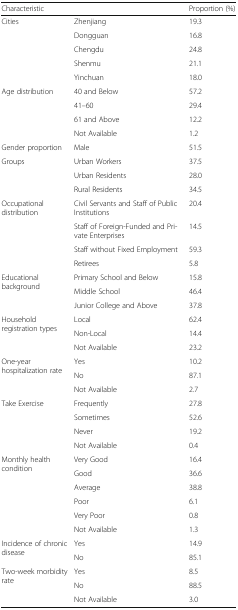
| <COLSPAN=2> Characteristic | Proportion (%) |
 | --- | --- | --- |
 | <ROWSPAN=5> Cities | Zhenjiang | 19.3 |
 | Dongguan | 16.8 |
 | Chengdu | 24.8 |
 | Shenmu | 21.1 |
 | Yinchuan | 18.0 |
 | <ROWSPAN=4> Age distribution | 40 and Below | 57.2 |
 | 41–60 | 29.4 |
 | 61 and Above | 12.2 |
 | Not Available | 1.2 |
 | Gender proportion | Male | 51.5 |
 | <ROWSPAN=3> Groups | Urban Workers | 37.5 |
 | Urban Residents | 28.0 |
 | Rural Residents | 34.5 |
 | <ROWSPAN=4> Occupational distribution | Civil Servants and Staff of Public Institutions | 20.4 |
 | Staff of Foreign-Funded and Private Enterprises | 14.5 |
 | Staff without Fixed Employment | 59.3 |
 | Retirees | 5.8 |
 | <ROWSPAN=3> Educational background | Primary School and Below | 15.8 |
 | Middle School | 46.4 |
 | Junior College and Above | 37.8 |
 | <ROWSPAN=3> Household registration types | Local | 62.4 |
 | Non-Local | 14.4 |
 | Not Available | 23.2 |
 | <ROWSPAN=3> One-year hospitalization rate | Yes | 10.2 |
 | No | 87.1 |
 | Not Available | 2.7 |
 | <ROWSPAN=4> Take Exercise | Frequently | 27.8 |
 | Sometimes | 52.6 |
 | Never | 19.2 |
 | Not Available | 0.4 |
 | <ROWSPAN=6> Monthly health condition | Very Good | 16.4 |
 | Good | 36.6 |
 | Average | 38.8 |
 | Poor | 6.1 |
 | Very Poor | 0.8 |
 | Not Available | 1.3 |
 | <ROWSPAN=2> Incidence of chronic disease | Yes | 14.9 |
 | No | 85.1 |
 | <ROWSPAN=3> Two-week morbidity rate | Yes | 8.5 |
 | No | 88.5 |
 | Not Available | 3.0 |